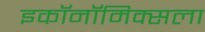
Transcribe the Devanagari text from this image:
इकॉनॉमिक्सला